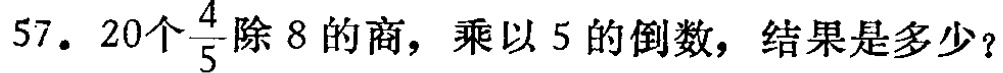
57. 20个$\frac{4}{5}$除8的商，乘以5的倒数，结果是多少？